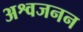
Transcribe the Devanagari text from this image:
अश्वजनन